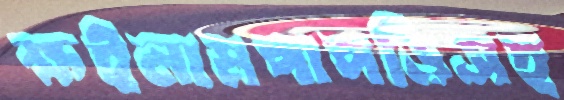
ক্ষইলামপাপড়িসহ